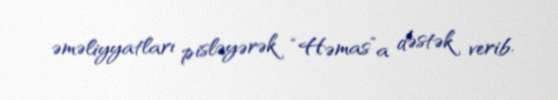
əməliyyatları pisləyərək “Həmas”a dəstək verib.